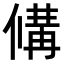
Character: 𬿗